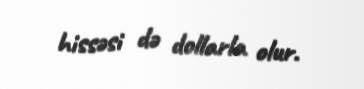
hissəsi də dollarla olur.